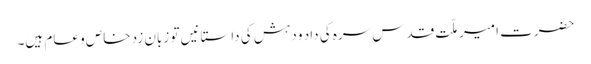
حضرت امیر ملّت قدس سرہ کی داد و دہش کی داستانیں تو زبان زد خاص و عام ہیں۔